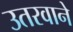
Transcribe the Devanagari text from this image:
उतरवाने